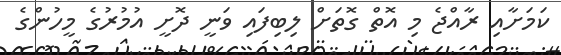
ކަމަށާއި ރާއްޖެ މި އޮތް ގޮތަށް ލިބިފައި ވަނީ ދޮށީ އުމުރުގެ މީހުންގެ